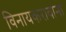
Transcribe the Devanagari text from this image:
विनायकरावांना